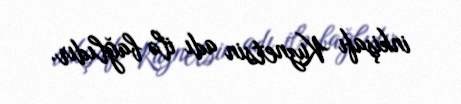
inkişafı Kuznetsin adı ilə bağlıdır.